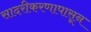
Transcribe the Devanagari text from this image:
सादरीकरणापासून